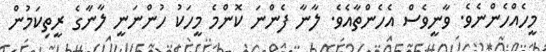
މީހެއްހެންނެވެ. ވާނީވެސް އެހެންތާއެވެ. ލާނާ ފެންނަ ކޮންމެ މީހަކު ހުންނަނީ ލާނާގެ ރީތިކަމުން